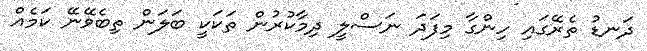
ދަނޑު ތެރޭގައި ހިންގާ މިފަދަ ނަސްލީ ދިމާކުރުން ތަކަކީ ބަލަން ތިބެވޭނޭ ކަމެއް